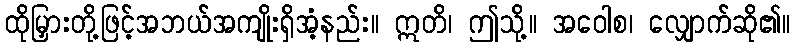
ထိုမြှားတို့ဖြင့်အဘယ်အကျိုးရှိအံ့နည်း။ ဣတိ၊ ဤသို့။ အဝေါစ၊ လျှောက်ဆို၏။